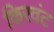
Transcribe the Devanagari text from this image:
किरवंट